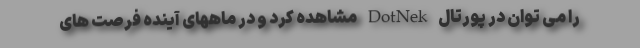
را می توان در پورتال DotNek مشاهده کرد و در ماههای آینده فرصت های